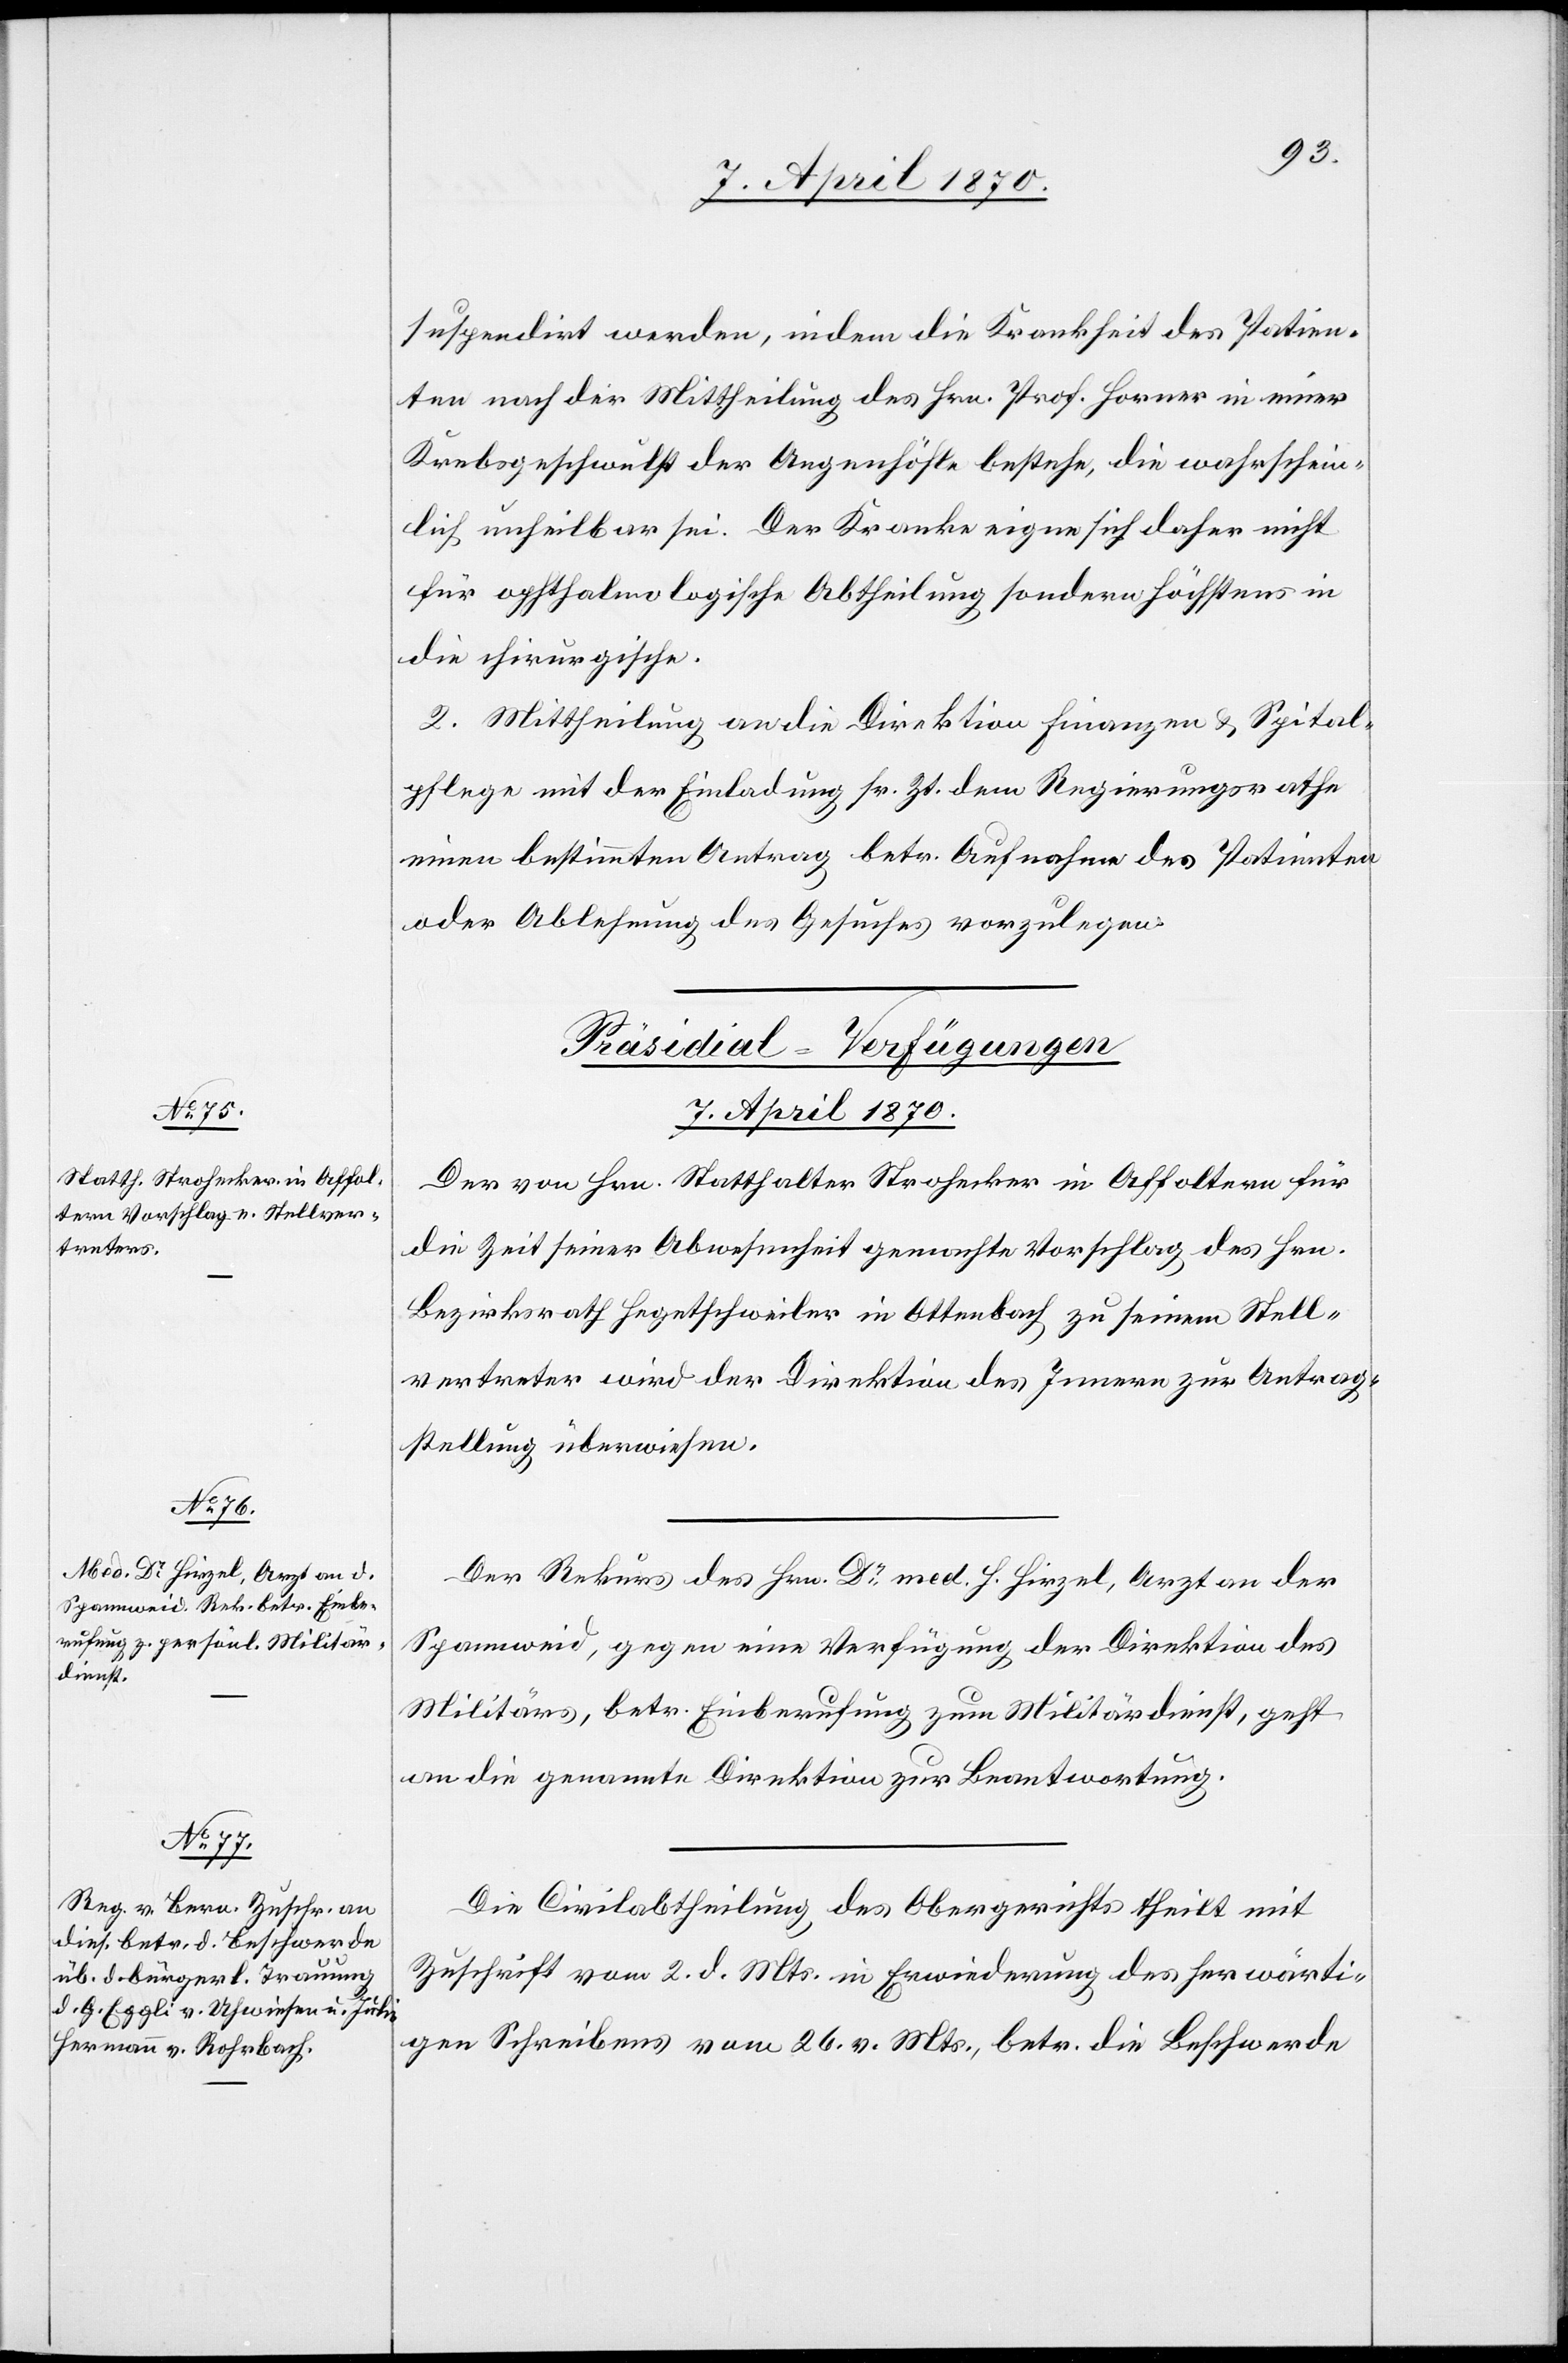
suspendirt werden, indem die Krankheit des Patien¬
ten nach der Mittheilung des Hrn. Prof. Horner in einer
Krebsgeschwulst der Augenhöhle bestehe, die wahrschein¬
lich unheilbar sei. Der Kranke eigne sich daher nicht
[die] ophthalmologische Abtheilung sondern höchstens in
die chirurgische.
2. Mittheilung an die Direktion der Finanzen & Spital¬
pflege mit der Einladung sr. Zt. dem Regierungsrathe
einen bestimmten Antrag betr. Aufnahme des Patienten
oder Ablehnung des Gesuches vorzulegen.
[Präsidial-Verfügungen.
7. April 1870.]
Der von Hrn. Statthalter Strohecker in Affoltern für
die Zeit seiner Abwesenheit gemachte Vorschlag des Hrn.
Bezirksrath Hegetschweiler in Ottenbach zu seinem Stell¬
vertreter wird der Direktion des Innern zur Antrag¬
stellung überwiesen.
Der Rekurs des Hrn. Dr med. H. Hirzel, Arzt an der
Spannweid, gegen eine Verfügung der Direktion des
Militärs, betr. Einberufung zum Militärdienst, geht
an die genannte Direktion zur Beantwortung.
Die Civilabtheilung des Obergerichts theilt mit
Zuschrift vom 2. d. Mts. in Erwiederung des herwärti¬
gen Schreibens vom 26. vor. Mts., betr. die Beschwerde